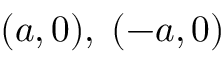
( a , 0 ) , \; ( - a , 0 )